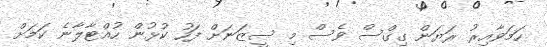
ހަމަވާއިރު ރަޔަން ގިގްސް ވެސް މި ސީޒަނަށް ފަހު ކުޅުން ހުއްޓާލާނެ ކަމަށް